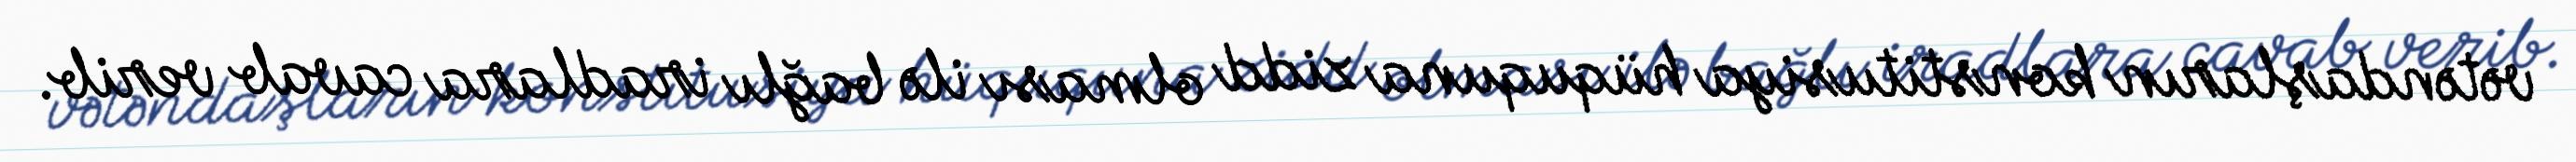
vətəndaşların konstitusiya hüququna zidd olması ilə bağlı iradlara cavab verib.